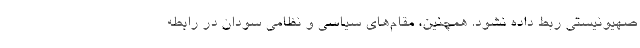
صهیونیستی ربط داده نشود. همچنین، مقام‌های سیاسی و نظامی سودان در رابطه